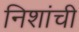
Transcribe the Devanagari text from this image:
निशांची